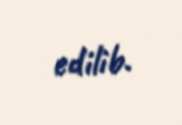
edilib.